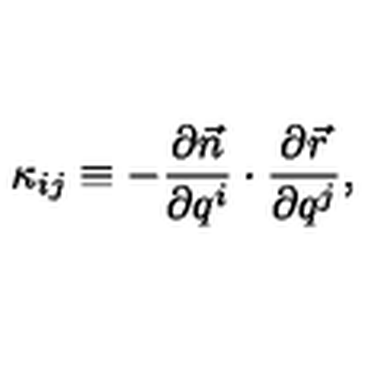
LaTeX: \kappa _ { i j } \equiv - \frac { \partial \vec { n } } { \partial q ^ { i } } \cdot \frac { \partial \vec { r } } { \partial q ^ { j } } ,